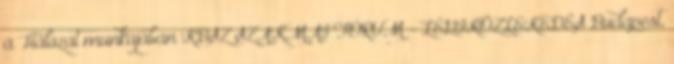
a Hálózat munkájában KBSZ SZAKMAI FÓRUM - LÉGIKÖZLEKEDÉS Budapest,